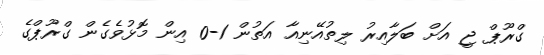
ގްރޫޕް ޖީ އަށް ބަލާއިރު ލިތުއޭނިއާ އަތުން 1-0 އިން މޮޅުވެގެން ގްރޫޕްގެ